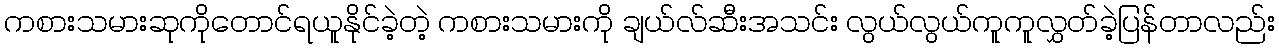
ကစားသမားဆုကိုတောင်ရယူနိုင်ခဲ့တဲ့ ကစားသမားကို ချယ်လ်ဆီးအသင်း လွယ်လွယ်ကူကူလွှတ်ခဲ့ပြန်တာလည်း